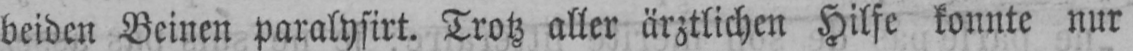
beiden Beinen paralysirt. Trotz aller ärztlichen Hilfe konnte nur